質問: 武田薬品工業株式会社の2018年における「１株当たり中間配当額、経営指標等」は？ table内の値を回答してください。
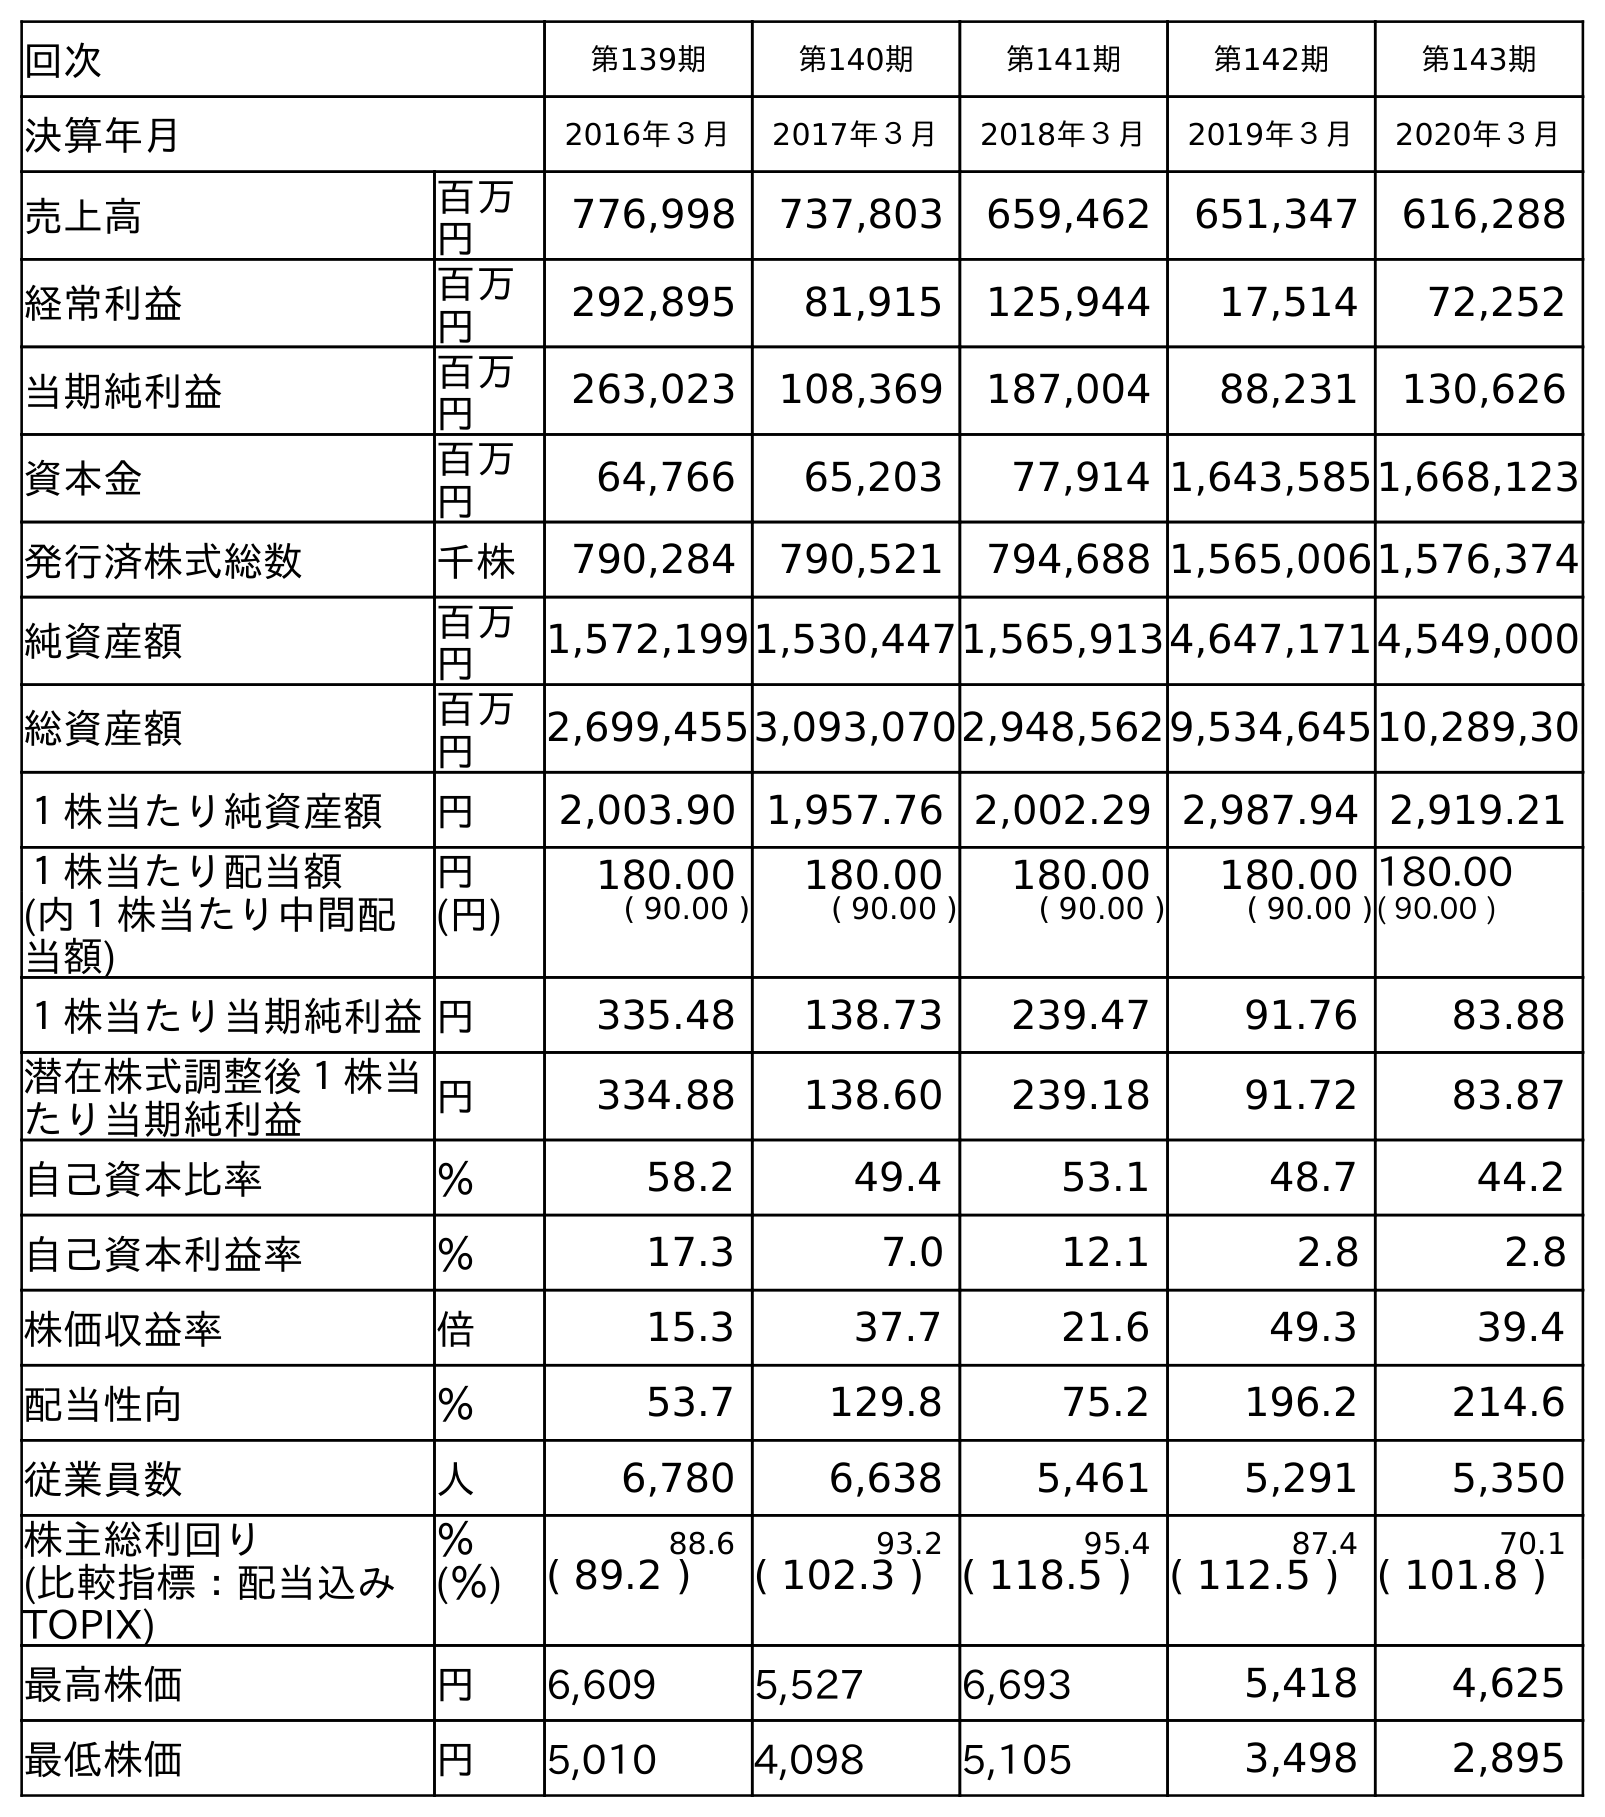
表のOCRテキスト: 回次 第139期 第140期 第141期 第142期 第143期 決算年月 2016年３月 2017年３月 2018年３月 2019年３月 2020年３月 売上高 百万 円 776,998 737,803 659,462 651,347 616,288 経常利益 百万 円 292,895 81,915 125,944 17,514 72,252 当期純利益 百万 円 263,023 108,369 187,004 88,231 130,626 資本金 百万 円 64,766 65,203 77,914 1,643,5851,668,123 発行済株式総数 千株 790,284 790,521 794,688 1,565,0061,576,374 純資産額 百万 円 1,572,1991,530,4471,565,9134,647,1714,549,000 総資産額 百万 円 2,699,4553,093,0702,948,5629,534,64510,289,30 １株当たり純資産額 円 2,003.90 1,957.76 2,002.29 2,987.94 2,919.21 １株当たり配当額 円 180.00 180.00 180.00 180.00 180.00 (内１株当たり中間配 当額) (円) ( 90.00 ) ( 90.00 ) ( 90.00 ) ( 90.00 )( 90.00 ) １株当たり当期純利益円 335.48 138.73 239.47 91.76 83.88 潜在株式調整後１株当 たり当期純利益 円 334.88 138.60 239.18 91.72 83.87 自己資本比率 ％ 58.2 49.4 53.1 48.7 44.2 自己資本利益率 ％ 17.3 7.0 12.1 2.8 2.8 株価収益率 倍 15.3 37.7 21.6 49.3 39.4 配当性向 ％ 53.7 129.8 75.2 196.2 214.6 従業員数 人 6,780 6,638 5,461 5,291 5,350 株主総利回り ％ 88.6 93.2 95.4 87.4 70.1 (比較指標：配当込み TOPIX) (％) ( 89.2 ) ( 102.3 ) ( 118.5 ) ( 112.5 ) ( 101.8 ) 最高株価 円 6,609 5,527 6,693 5,418 4,625 最低株価 円 5,010 4,098 5,105 3,498 2,895
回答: (90.00)